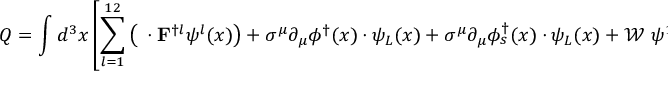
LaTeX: Q = \int d ^ { 3 } x \left[ \sum _ { l = 1 } ^ { 1 2 } \left( { \mathbf { \sigma } } \cdot { \bf F } ^ { \dagger l } \psi ^ { l } ( x ) \right) + \sigma ^ { \mu } \partial _ { \mu } \phi ^ { \dagger } ( x ) \cdot \psi _ { L } ( x ) + \sigma ^ { \mu } \partial _ { \mu } \phi _ { s } ^ { \dagger } ( x ) \cdot \psi _ { L } ( x ) + \mathcal { W } ~ \psi ^ { 1 } \right] .